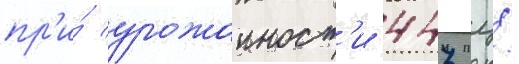
пр'и́ урожаиност'и 447 ц/